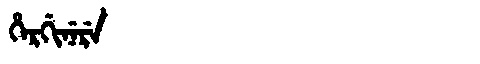
Manchu: ᡥᡝᡵᡤᡳᠨᡝᡵᡝ
Romanization: HERGINERE